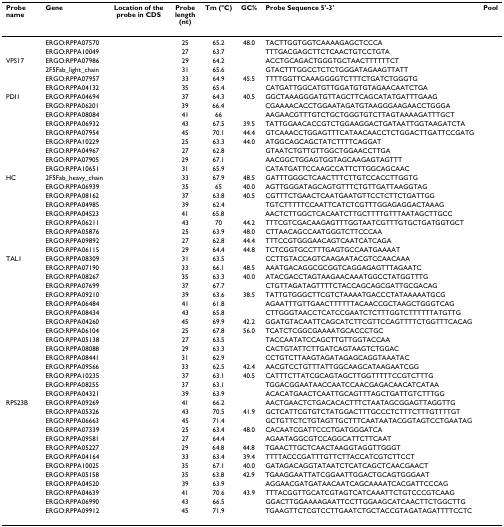
<table><thead><tr><td><b>Probe name</b></td><td><b>Gene</b></td><td><b>Location of the probe in CDS</b></td><td><b>Probe length (nt)</b></td><td><b>Tm (°C)</b></td><td><b>GC%</b></td><td><b>Probe Sequence 5'-3'</b></td><td><b>Pool</b></td></tr></thead><tbody><tr><td>[EMPTY_CELL]</td><td>ERGO:RPPA07570</td><td>[EMPTY_CELL]</td><td>25</td><td>65.2</td><td>48.0</td><td>TACTTGGTGGTCAAAAGAGCTCCCA</td><td>[EMPTY_CELL]</td></tr><tr><td>[EMPTY_CELL]</td><td>ERGO:RPPA10049</td><td>[EMPTY_CELL]</td><td>27</td><td>63.7</td><td>[EMPTY_CELL]</td><td>TTTGACGAGCTTCTCAACTGTCCTGTA</td><td>[EMPTY_CELL]</td></tr><tr><td>VPS17</td><td>ERGO:RPPA07986</td><td>[EMPTY_CELL]</td><td>29</td><td>64.2</td><td>[EMPTY_CELL]</td><td>ACCTGCAGACTGGGTGCTAACTTTTTTCT</td><td>[EMPTY_CELL]</td></tr><tr><td>[EMPTY_CELL]</td><td>2F5Fab_light_chain</td><td>[EMPTY_CELL]</td><td>31</td><td>65.6</td><td>[EMPTY_CELL]</td><td>GTACTTTGGCCTCTCTGGGATAGAAGTTATT</td><td>[EMPTY_CELL]</td></tr><tr><td>[EMPTY_CELL]</td><td>ERGO:RPPA07957</td><td>[EMPTY_CELL]</td><td>33</td><td>64.9</td><td>45.5</td><td>TTTTGGTTCAAAGGGGTCTTTCTGATCTGGGTG</td><td>[EMPTY_CELL]</td></tr><tr><td>[EMPTY_CELL]</td><td>ERGO:RPPA04132</td><td>[EMPTY_CELL]</td><td>35</td><td>65.4</td><td>[EMPTY_CELL]</td><td>CATGATTGGCATGTTGGATGTGTAGAACAATCTGA</td><td>[EMPTY_CELL]</td></tr><tr><td>PDI1</td><td>ERGO:RPPA04694</td><td>[EMPTY_CELL]</td><td>37</td><td>64.3</td><td>40.5</td><td>GGCTAAAGGGATGTTAGCTTCAGCATATGATTTGAAG</td><td>[EMPTY_CELL]</td></tr><tr><td>[EMPTY_CELL]</td><td>ERGO:RPPA06201</td><td>[EMPTY_CELL]</td><td>39</td><td>66.4</td><td>[EMPTY_CELL]</td><td>CGAAAACACCTGGAATAGATGTAAGGGAAGAACCTGGGA</td><td>[EMPTY_CELL]</td></tr><tr><td>[EMPTY_CELL]</td><td>ERGO:RPPA08084</td><td>[EMPTY_CELL]</td><td>41</td><td>66</td><td>[EMPTY_CELL]</td><td>AAGAACGTTTGTCTGCTGGGTGTCTTAGTAAAAGATTTGCT</td><td>[EMPTY_CELL]</td></tr><tr><td>[EMPTY_CELL]</td><td>ERGO:RPPA06932</td><td>[EMPTY_CELL]</td><td>43</td><td>67.5</td><td>39.5</td><td>TATTGGAACACCGTCTGGAAGGACTGATAATTGGTAAGATCTA</td><td>[EMPTY_CELL]</td></tr><tr><td>[EMPTY_CELL]</td><td>ERGO:RPPA07954</td><td>[EMPTY_CELL]</td><td>45</td><td>70.1</td><td>44.4</td><td>GTCAAACCTGGAGTTTCATAACAACCTCTGGACTTGATTCCGATG</td><td>[EMPTY_CELL]</td></tr><tr><td>[EMPTY_CELL]</td><td>ERGO:RPPA10229</td><td>[EMPTY_CELL]</td><td>25</td><td>63.3</td><td>44.0</td><td>ATGGCAGCAGCTATCTTTTCAGGAT</td><td>[EMPTY_CELL]</td></tr><tr><td>[EMPTY_CELL]</td><td>ERGO:RPPA04967</td><td>[EMPTY_CELL]</td><td>27</td><td>62.8</td><td>[EMPTY_CELL]</td><td>GTAATCTGTTGTTGGCTGGAACCTTGA</td><td>[EMPTY_CELL]</td></tr><tr><td>[EMPTY_CELL]</td><td>ERGO:RPPA07905</td><td>[EMPTY_CELL]</td><td>29</td><td>67.1</td><td>[EMPTY_CELL]</td><td>AACGGCTGGAGTGGTAGCAAGAGTAGTTT</td><td>[EMPTY_CELL]</td></tr><tr><td>[EMPTY_CELL]</td><td>ERGO:RPPA10651</td><td>[EMPTY_CELL]</td><td>31</td><td>65.9</td><td>[EMPTY_CELL]</td><td>CATATGATTCCAAGCCATTCTTGGCAGCAAC</td><td>[EMPTY_CELL]</td></tr><tr><td>HC</td><td>2F5Fab_heavy_chain</td><td>[EMPTY_CELL]</td><td>33</td><td>67.9</td><td>48.5</td><td>GATTTGGGCTCAACTTTCTTGTCCACCTTGGTG</td><td>[EMPTY_CELL]</td></tr><tr><td>[EMPTY_CELL]</td><td>ERGO:RPPA06939</td><td>[EMPTY_CELL]</td><td>35</td><td>65</td><td>40.0</td><td>AGTTGGGATAGCAGTGTTTCTGTTGATTAAGGTAG</td><td>[EMPTY_CELL]</td></tr><tr><td>[EMPTY_CELL]</td><td>ERGO:RPPA08162</td><td>[EMPTY_CELL]</td><td>37</td><td>63.8</td><td>40.5</td><td>CGTTTCTGAACTCAATGAATGTTCCTCTTCTGATTGG</td><td>[EMPTY_CELL]</td></tr><tr><td>[EMPTY_CELL]</td><td>ERGO:RPPA04985</td><td>[EMPTY_CELL]</td><td>39</td><td>62.4</td><td>[EMPTY_CELL]</td><td>TGTCTTTTTCCAATTCATCTCGTTTGGAGAGGACTAAAG</td><td>[EMPTY_CELL]</td></tr><tr><td>[EMPTY_CELL]</td><td>ERGO:RPPA04523</td><td>[EMPTY_CELL]</td><td>41</td><td>65.8</td><td>[EMPTY_CELL]</td><td>AACTCTTGGCTCACAATCTTGCTTTTGTTTAATAGCTTGCC</td><td>[EMPTY_CELL]</td></tr><tr><td>[EMPTY_CELL]</td><td>ERGO:RPPA06211</td><td>[EMPTY_CELL]</td><td>43</td><td>70</td><td>44.2</td><td>TTTCGTCGACAAGAGTTTGGTAATCGTTTGTGCTGATGGTGCT</td><td>[EMPTY_CELL]</td></tr><tr><td>[EMPTY_CELL]</td><td>ERGO:RPPA05876</td><td>[EMPTY_CELL]</td><td>25</td><td>63.9</td><td>48.0</td><td>CTTAACAGCCAATGGGTCTTCCCAA</td><td>[EMPTY_CELL]</td></tr><tr><td>[EMPTY_CELL]</td><td>ERGO:RPPA09892</td><td>[EMPTY_CELL]</td><td>27</td><td>62.8</td><td>44.4</td><td>TTTCCGTGGGAACAGTCAATCATCAGA</td><td>[EMPTY_CELL]</td></tr><tr><td>[EMPTY_CELL]</td><td>ERGO:RPPA06115</td><td>[EMPTY_CELL]</td><td>29</td><td>64.4</td><td>44.8</td><td>TCTCGGTGCCTTTGAGTGCCAATGAAAAT</td><td>[EMPTY_CELL]</td></tr><tr><td>TAL1</td><td>ERGO:RPPA08309</td><td>[EMPTY_CELL]</td><td>31</td><td>63.5</td><td>[EMPTY_CELL]</td><td>CCTTGTACCAGTCAAGAATACGTCCAACAAA</td><td>[EMPTY_CELL]</td></tr><tr><td>[EMPTY_CELL]</td><td>ERGO:RPPA07190</td><td>[EMPTY_CELL]</td><td>33</td><td>66.1</td><td>48.5</td><td>AAATGACAGGCGCGGTCAGGAGAGTTTAGAATC</td><td>[EMPTY_CELL]</td></tr><tr><td>[EMPTY_CELL]</td><td>ERGO:RPPA08267</td><td>[EMPTY_CELL]</td><td>35</td><td>63.3</td><td>40.0</td><td>ATACGACCTAGTAAGAACAAATGGCCTATGGTTTG</td><td>[EMPTY_CELL]</td></tr><tr><td>[EMPTY_CELL]</td><td>ERGO:RPPA07699</td><td>[EMPTY_CELL]</td><td>37</td><td>67.7</td><td>[EMPTY_CELL]</td><td>CTGTTAGATAGTTTTCTACCAGCAGCGATTGCGACAG</td><td>[EMPTY_CELL]</td></tr><tr><td>[EMPTY_CELL]</td><td>ERGO:RPPA09210</td><td>[EMPTY_CELL]</td><td>39</td><td>63.6</td><td>38.5</td><td>TATTGTGGGCTTCGTCTAAAATGACCCTATAAAAATGCG</td><td>[EMPTY_CELL]</td></tr><tr><td>[EMPTY_CELL]</td><td>ERGO:RPPA06484</td><td>[EMPTY_CELL]</td><td>41</td><td>61.8</td><td>[EMPTY_CELL]</td><td>AGAATTTGTTGAACTTTTTTACAACCGCTAAGCTGGGTCAG</td><td>[EMPTY_CELL]</td></tr><tr><td>[EMPTY_CELL]</td><td>ERGO:RPPA08434</td><td>[EMPTY_CELL]</td><td>43</td><td>65.8</td><td>[EMPTY_CELL]</td><td>CTTGGGTAACCTCATCCGAATCTCTTTGGTCTTTTTTATGTTG</td><td>[EMPTY_CELL]</td></tr><tr><td>[EMPTY_CELL]</td><td>ERGO:RPPA04260</td><td>[EMPTY_CELL]</td><td>45</td><td>69.9</td><td>42.2</td><td>GGATGTACAATTCAGCATCTTCGTTCCAGTTTTCTGGTTTCACAG</td><td>[EMPTY_CELL]</td></tr><tr><td>[EMPTY_CELL]</td><td>ERGO:RPPA06104</td><td>[EMPTY_CELL]</td><td>25</td><td>67.8</td><td>56.0</td><td>TCATCTCGGCGAAAATGCACCCTGC</td><td>[EMPTY_CELL]</td></tr><tr><td>[EMPTY_CELL]</td><td>ERGO:RPPA05138</td><td>[EMPTY_CELL]</td><td>27</td><td>63.5</td><td>[EMPTY_CELL]</td><td>TACCAATATCCAGCTTGTTGGTACCAA</td><td>[EMPTY_CELL]</td></tr><tr><td>[EMPTY_CELL]</td><td>ERGO:RPPA08088</td><td>[EMPTY_CELL]</td><td>29</td><td>63.3</td><td>[EMPTY_CELL]</td><td>CACTGTATTCTTGATCAGTAAGTCTGGAC</td><td>[EMPTY_CELL]</td></tr><tr><td>[EMPTY_CELL]</td><td>ERGO:RPPA08441</td><td>[EMPTY_CELL]</td><td>31</td><td>62.9</td><td>[EMPTY_CELL]</td><td>CCTGTCTTAAGTAGATAGAGCAGGTAAATAC</td><td>[EMPTY_CELL]</td></tr><tr><td>[EMPTY_CELL]</td><td>ERGO:RPPA09566</td><td>[EMPTY_CELL]</td><td>33</td><td>62.5</td><td>42.4</td><td>AACGTCCTGTTTATTGGCAAGCATAAGAATCGG</td><td>[EMPTY_CELL]</td></tr><tr><td>[EMPTY_CELL]</td><td>ERGO:RPPA10235</td><td>[EMPTY_CELL]</td><td>37</td><td>63.1</td><td>40.5</td><td>CATTTCTTATCGCAGTAGCTTGGTTTTTCCGTCTTTG</td><td>[EMPTY_CELL]</td></tr><tr><td>[EMPTY_CELL]</td><td>ERGO:RPPA08255</td><td>[EMPTY_CELL]</td><td>37</td><td>63.1</td><td>[EMPTY_CELL]</td><td>TGGACGGAATAACCAATCCAACGAGACAACATCATAA</td><td>[EMPTY_CELL]</td></tr><tr><td>[EMPTY_CELL]</td><td>ERGO:RPPA04321</td><td>[EMPTY_CELL]</td><td>39</td><td>63.9</td><td>[EMPTY_CELL]</td><td>ACACATGAACTCAATTGCAGTTTAGCTGATTGTCTTTGG</td><td>[EMPTY_CELL]</td></tr><tr><td>RPS23B</td><td>ERGO:RPPA09269</td><td>[EMPTY_CELL]</td><td>41</td><td>66.2</td><td>[EMPTY_CELL]</td><td>AACTGAACTCTGACACACTTTCTAATAGCGGAGTTAGGTTG</td><td>[EMPTY_CELL]</td></tr><tr><td>[EMPTY_CELL]</td><td>ERGO:RPPA05326</td><td>[EMPTY_CELL]</td><td>43</td><td>70.5</td><td>41.9</td><td>GCTCATTCGTGTCTATGGACTTTGCCCTCTTTCTTTGTTTTGT</td><td>[EMPTY_CELL]</td></tr><tr><td>[EMPTY_CELL]</td><td>ERGO:RPPA06663</td><td>[EMPTY_CELL]</td><td>45</td><td>71.4</td><td>[EMPTY_CELL]</td><td>GCTGTTCTCTGTAGTTGCTTTCAATAATACGGTAGTCCTGAATAG</td><td>[EMPTY_CELL]</td></tr><tr><td>[EMPTY_CELL]</td><td>ERGO:RPPA07339</td><td>[EMPTY_CELL]</td><td>25</td><td>63.4</td><td>48.0</td><td>CACAATCGATTCCCTGATGGGATCA</td><td>[EMPTY_CELL]</td></tr><tr><td>[EMPTY_CELL]</td><td>ERGO:RPPA09581</td><td>[EMPTY_CELL]</td><td>27</td><td>64.4</td><td>[EMPTY_CELL]</td><td>AGAATAGGCGTCCAGGCATTCTTCAAT</td><td>[EMPTY_CELL]</td></tr><tr><td>[EMPTY_CELL]</td><td>ERGO:RPPA05227</td><td>[EMPTY_CELL]</td><td>29</td><td>64.8</td><td>44.8</td><td>TGAACTTGCTCAACTAAGGTAGGTTGGGT</td><td>[EMPTY_CELL]</td></tr><tr><td>[EMPTY_CELL]</td><td>ERGO:RPPA04164</td><td>[EMPTY_CELL]</td><td>33</td><td>63.4</td><td>39.4</td><td>TTTTACCCGATTTGTTCTTACCATCGTCTTCCT</td><td>[EMPTY_CELL]</td></tr><tr><td>[EMPTY_CELL]</td><td>ERGO:RPPA10025</td><td>[EMPTY_CELL]</td><td>35</td><td>67.1</td><td>40.0</td><td>GATAGACAGGTATAATCTCATCAGCTCAACGAACT</td><td>[EMPTY_CELL]</td></tr><tr><td>[EMPTY_CELL]</td><td>ERGO:RPPA05158</td><td>[EMPTY_CELL]</td><td>35</td><td>63.8</td><td>42.9</td><td>TGAAGGAATTATCGGAATTGGACTGCAGTGGGAAT</td><td>[EMPTY_CELL]</td></tr><tr><td>[EMPTY_CELL]</td><td>ERGO:RPPA04520</td><td>[EMPTY_CELL]</td><td>39</td><td>63.9</td><td>[EMPTY_CELL]</td><td>AGGAACGATGATAACAATCAGCAAAATCACGATTCCCAG</td><td>[EMPTY_CELL]</td></tr><tr><td>[EMPTY_CELL]</td><td>ERGO:RPPA04639</td><td>[EMPTY_CELL]</td><td>41</td><td>70.6</td><td>43.9</td><td>TTTACGGTTGCATCGTAGTCATCAAATTCTGTCCCGTCAAG</td><td>[EMPTY_CELL]</td></tr><tr><td>[EMPTY_CELL]</td><td>ERGO:RPPA06990</td><td>[EMPTY_CELL]</td><td>43</td><td>66.5</td><td>[EMPTY_CELL]</td><td>GGACTTGGAAAAGAATTCCTTGGAAGCATCAACTTCTGGCTTG</td><td>[EMPTY_CELL]</td></tr><tr><td>[EMPTY_CELL]</td><td>ERGO:RPPA09912</td><td>[EMPTY_CELL]</td><td>45</td><td>71.9</td><td>[EMPTY_CELL]</td><td>TGAAGTTCTCGTCCTTGAATCTGCTACCGTAGATAGATTTTCCTC</td><td>[EMPTY_CELL]</td></tr></tbody></table>